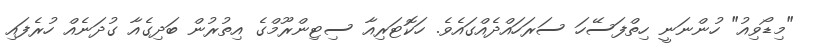
"މިޑޯވިއު" ހުންނަނީ ހިތްފަސޭހަ ސަރަހައްދެއްގައެވެ. ހަކޮޓަރިއާ ސިޓިންރޫމްގެ އިތުރުން ބަދިގެއާ ގުދަނެއް ހުރެފައި